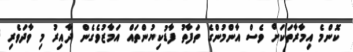
ކޮންމެ އިމާރާތަކަށް ވެސް އާންމުންގެ ތަފާތު ފާޑުކިޔުންތައް އަމާޒުވެގެން ދާއިރު މި ވާދަވެރި